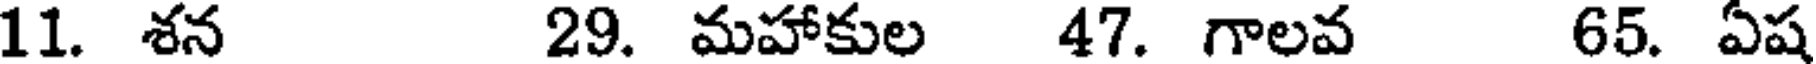
11. శన 29. మహాకుల 47. గాలవ 65. ఏష